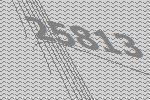
25813